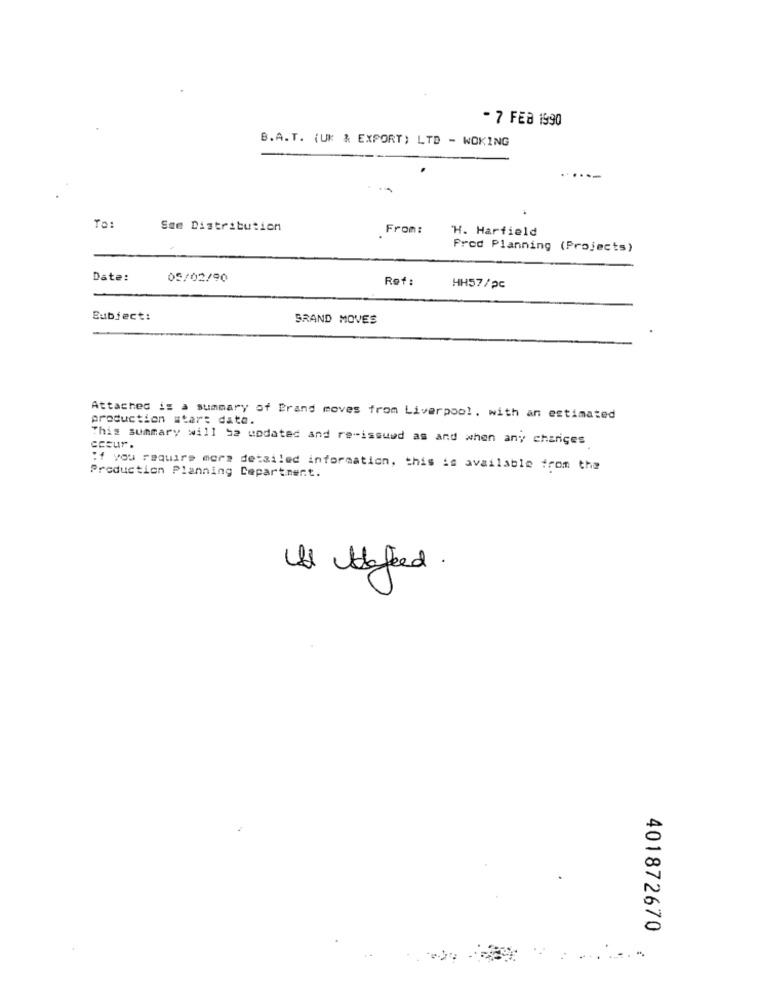
- 7 FEB 1990
B.A.T. (UK & EXPORT) LTD - WOKING
To:
See Distribution
From:
H. Harfield
Prod Planning (Projects)
Date:
05/02/90
Ref :
HH57/pc
Subject:
SRAND MOVES
Attached is a summary of Brand moves from Liverpool, with an estimated
production star: data.
This summary will Sa updated and re-issued as and when any changes
ccsur.
If you require more detailed information, this is available from the
Production Planning Department.
Ist Hafeed.
401872670